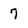
Character: 7